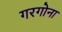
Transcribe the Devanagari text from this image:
गरगोना